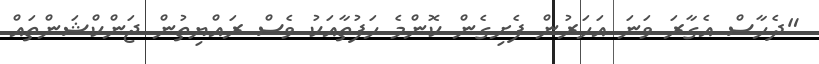
"ދެހާސް އެގާރަ ވަނަ އަހަރުން ފެށިގެން ކޮންމެ ހަފުތާއަކު ވެސް ރައްޔިތުން ޖަންކްޝަންތައް